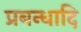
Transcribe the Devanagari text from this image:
प्रबन्धादि